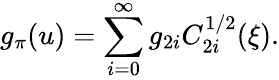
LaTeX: g_{\pi}(u)=\sum_{i=0}^{\infty}g_{2i}C_{2i}^{1/2}(\xi).